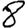
Digit: 8